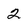
Character: 2